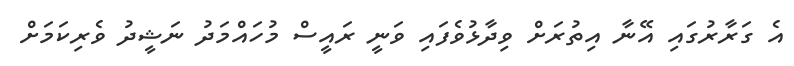
އެ ގަރާރުގައި އޭނާ އިތުރަށް ވިދާޅުވެފައި ވަނީ ރައީސް މުހައްމަދު ނަޝީދު ވެރިކަމަށް